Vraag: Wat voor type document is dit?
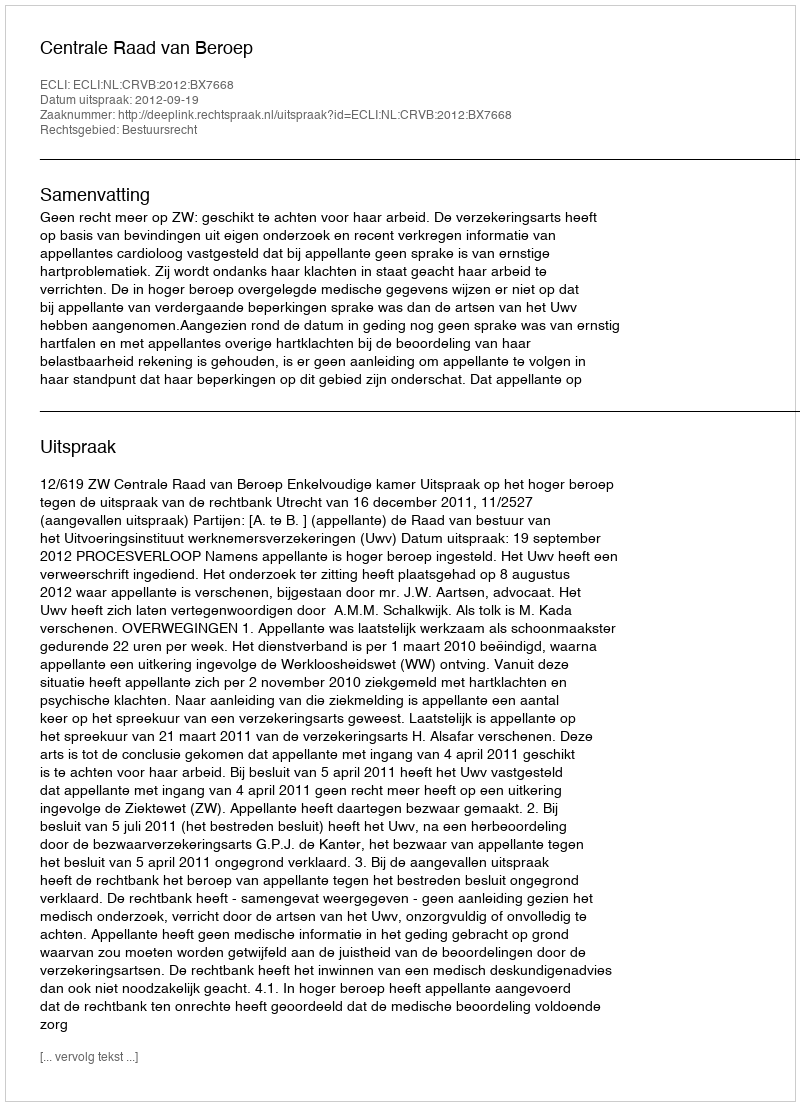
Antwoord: Uitspraak